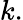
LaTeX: k.